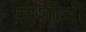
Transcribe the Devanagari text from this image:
फ़ाशीची